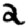
Digit: 2